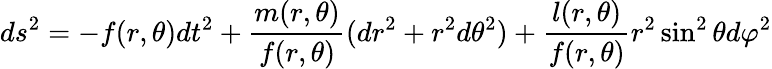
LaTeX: ds^{2}=-f(r,\theta)dt^{2}+\frac{m(r,\theta)}{f(r,\theta)}(dr^{2}+r^{2}d\theta^{2})+\frac{l(r,\theta)}{f(r,\theta)}r^{2}\sin^{2}\theta d\varphi^{2}